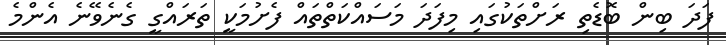
ފަދަ ބިން ބޮޑެތި ރަށްތަކުގައި މިފަދަ މަސައްކަތްތައް ފެށުމަކީ ތަރައްގީ ގެނެވޭނެ އެންމެ